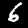
Label: 6